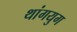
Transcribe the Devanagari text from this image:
थांगयुग